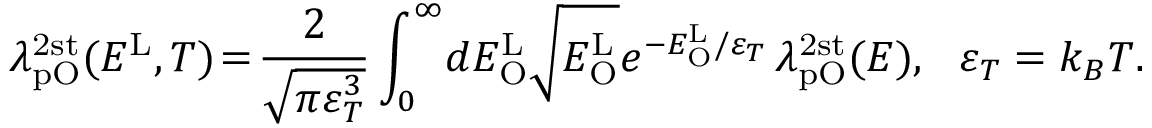
\lambda _ { \mathrm { p O } } ^ { \mathrm { 2 s t } } ( E ^ { \mathrm { L } } , T ) \! = \! \frac { 2 } { \sqrt { \pi \varepsilon _ { T } ^ { 3 } } } \int _ { 0 } ^ { \infty } \! d E _ { \mathrm { O } } ^ { \mathrm { L } } \sqrt { E _ { \mathrm { O } } ^ { \mathrm { L } } } e ^ { - E _ { \mathrm { O } } ^ { \mathrm { L } } / \varepsilon _ { T } } \, \lambda _ { \mathrm { p O } } ^ { \mathrm { 2 s t } } ( E ) , \ \ \varepsilon _ { T } = k _ { B } T .